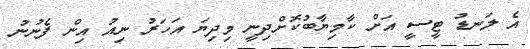
އެ ލަނޑު ޓީސީ އަށް ކާމިޔާބުކޮށްދިނީ މިދިޔަ އަހަރު ނިއު އިން ފެނުނު